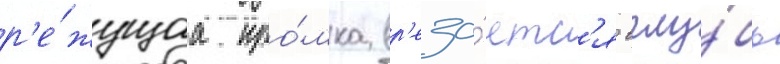
р'е́жущаа кро́мка вр'еза́етс'я вглу́бь